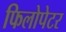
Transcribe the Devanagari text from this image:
फिलोपेटर